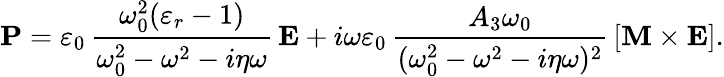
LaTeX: \boldsymbol{\mathbf{P}}=\varepsilon_{0}\, \frac{\omega_{0}^{2}(\varepsilon_{r}-1)}{\omega_{0}^{2}-\omega^{2}-i\eta\omega}\, \boldsymbol{\mathbf{E}}+i\omega\varepsilon_{0}\, \frac{A_{3}\omega_{0}}{(\omega_{0}^{2}-\omega^{2}-i\eta\omega)^{2}}\, \left[\boldsymbol{\boldsymbol{\mathbf{M}}}\times\boldsymbol{\mathbf{E}}\right].